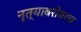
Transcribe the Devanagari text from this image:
नृत्याबरोबरच